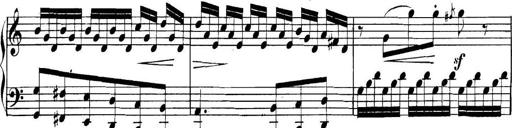
Title: Collected Piano Sonatas
Composer: Muzio Clementi